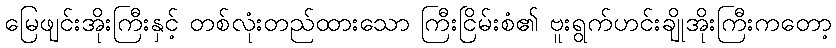
မြေဖျင်းအိုးကြီးနှင့် တစ်လုံးတည်ထားသော ကြီးငြိမ်းစံ၏ ဗူးရွက်ဟင်းချိုအိုးကြီးကတော့